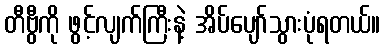
တီဗွီကို ဖွင့်လျက်ကြီးနဲ့ အိပ်ပျော်သွားပုံရတယ်။